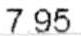
7.95